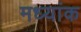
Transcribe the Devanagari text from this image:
मध्यांक